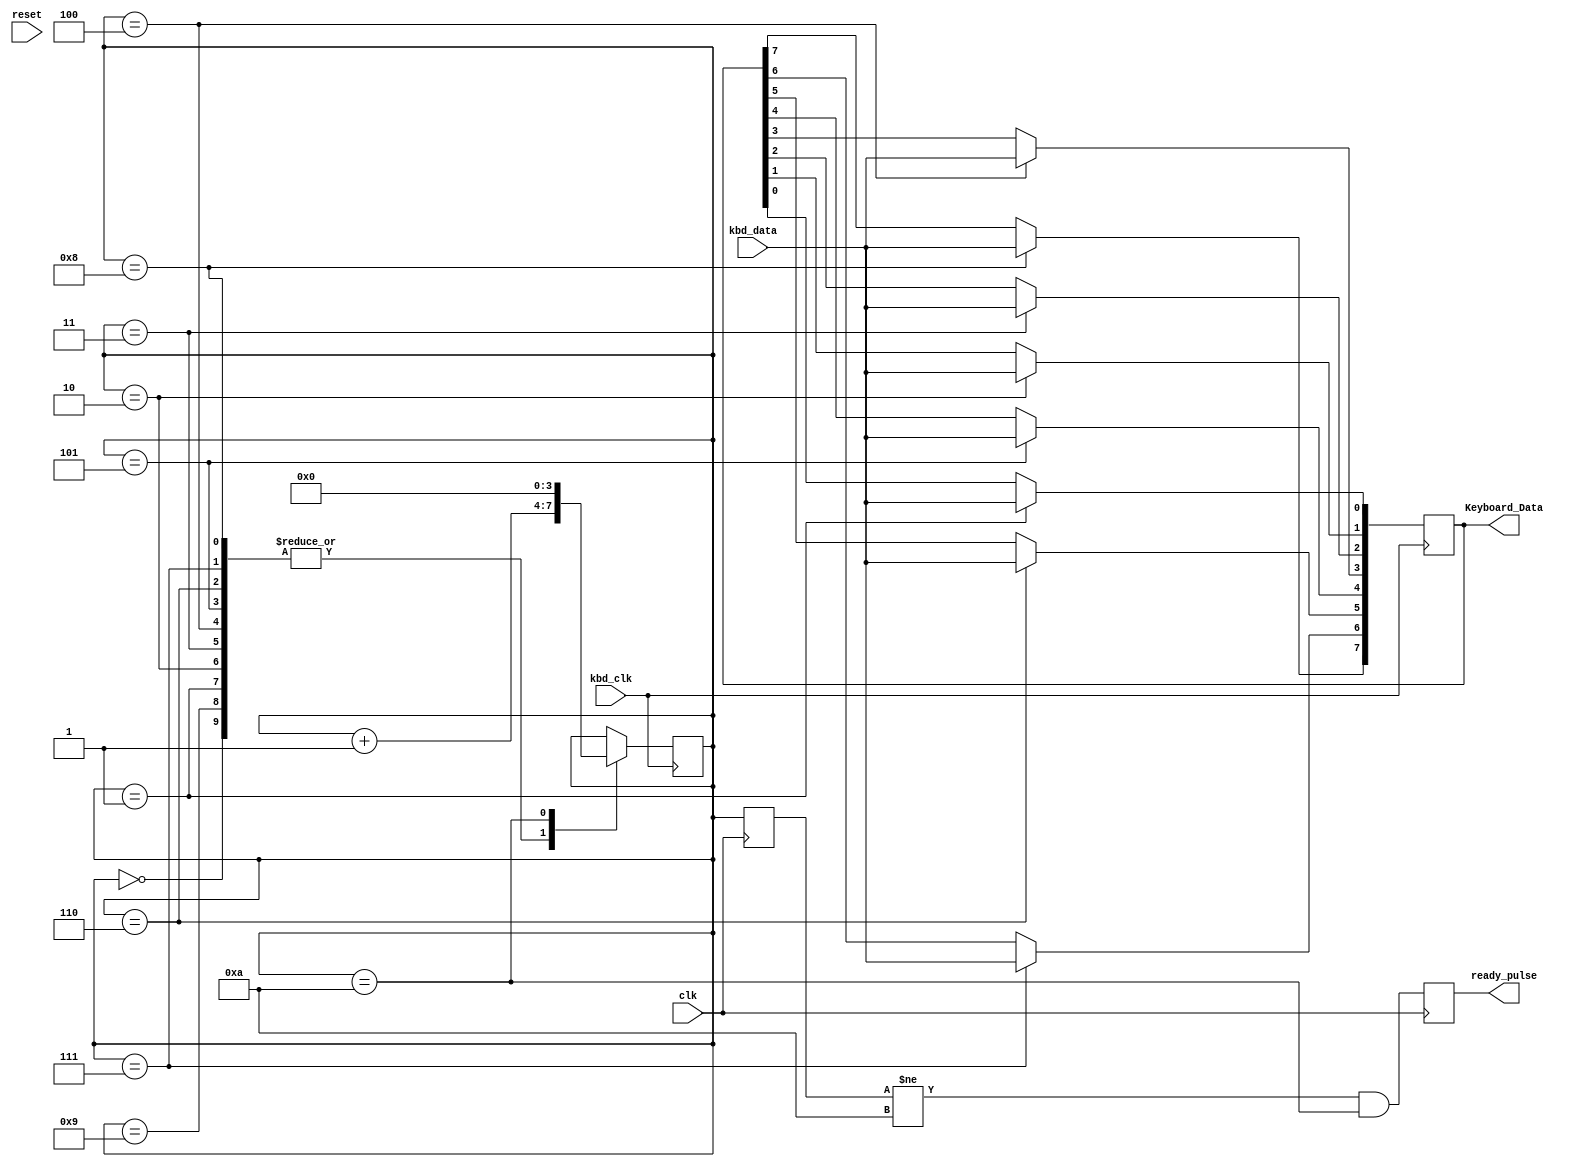
module Keyboard_dev(clk, reset, kbd_clk, kbd_data, Keyboard_Data, ready_pulse);
    input clk;
    input reset;
    input kbd_clk;
    input kbd_data;
    output reg ready_pulse;
    output reg [7: 0] Keyboard_Data;
//
//    reg [3: 0] cnt, last;
//    reg useless;
//
//    initial begin
//        cnt = 0;
//        ready_pulse = 0;
//        Keyboard_Data = 0;
//    end
//
//    always @(negedge kbd_clk) begin
//        if (cnt == 10) cnt <= 0;
//        else cnt <= cnt + 1;
//        case(cnt)
//            0: useless <= 1;
//            9: useless <= 1;
//            10: useless <= 1;
//            default: begin
//                Keyboard_Data[cnt - 1] <= kbd_data;
//            end
//        endcase
//    end
//
//    always @(posedge clk) begin
//        last <= cnt;
//        ready_pulse <= (last != 10) && (cnt == 10);
//    end

  reg [3:0] counter;
  reg [3:0] last;
  
  initial begin
    Keyboard_Data <= 8'b0;
    ready_pulse <= 1'b0;
    counter <= 4'b0;
    last <= 4'b0;
  end

  always @ (negedge kbd_clk) begin
    case (counter)
      0: begin
        counter <= counter + 1;
      end
      1: begin
        counter <= counter + 1;
        Keyboard_Data[0] <= kbd_data;
      end
      2: begin
        counter <= counter + 1;
        Keyboard_Data[1] <= kbd_data;
      end
      3: begin
        counter <= counter + 1;
        Keyboard_Data[2] <= kbd_data;
      end
      4: begin
        counter <= counter + 1;
        Keyboard_Data[3] <= kbd_data;
      end
      5: begin
        counter <= counter + 1;
        Keyboard_Data[4] <= kbd_data;
      end
      6: begin
        counter <= counter + 1;
        Keyboard_Data[5] <= kbd_data;
      end
      7: begin
        counter <= counter + 1;
        Keyboard_Data[6] <= kbd_data;
      end
      8: begin
        counter <= counter + 1;
        Keyboard_Data[7] <= kbd_data;
      end
      9: begin
        counter <= counter + 1;
      end
      10: begin
        counter <= 4'b0;
      end
    endcase
  end

  always @(posedge clk) begin
    ready_pulse <= (last != 4'd10 && counter == 4'd10);
    last <= counter;
  end

endmodule